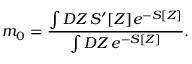
m _ { 0 } = \frac { \int { \cal D } Z \, S ^ { \prime } [ Z ] e ^ { - S [ Z ] } } { \int { \cal D } Z \, e ^ { - S [ Z ] } } .